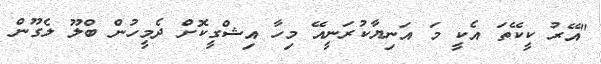
"އޭރު ކީކޭތަ އެކީ މަ އަނިޔާކުރަނީއޭ މިހާ އިޝްގީކޮށް ދެމީހުން ބްލޫ ލެގޫން